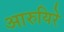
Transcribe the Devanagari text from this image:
आरुयिरे